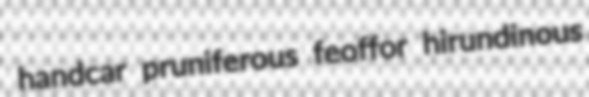
handcar pruniferous feoffor hirundinous